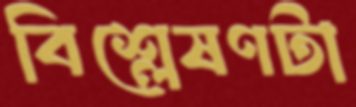
বিশ্লেষণটা